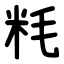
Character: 粍